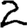
Digit: 2